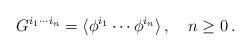
LaTeX: \begin{align*}G^{i_1\cdots i_n}= \langle\phi^{i_1}\cdots\phi^{i_n}\rangle\,, \quad n\geq 0\,.\end{align*}